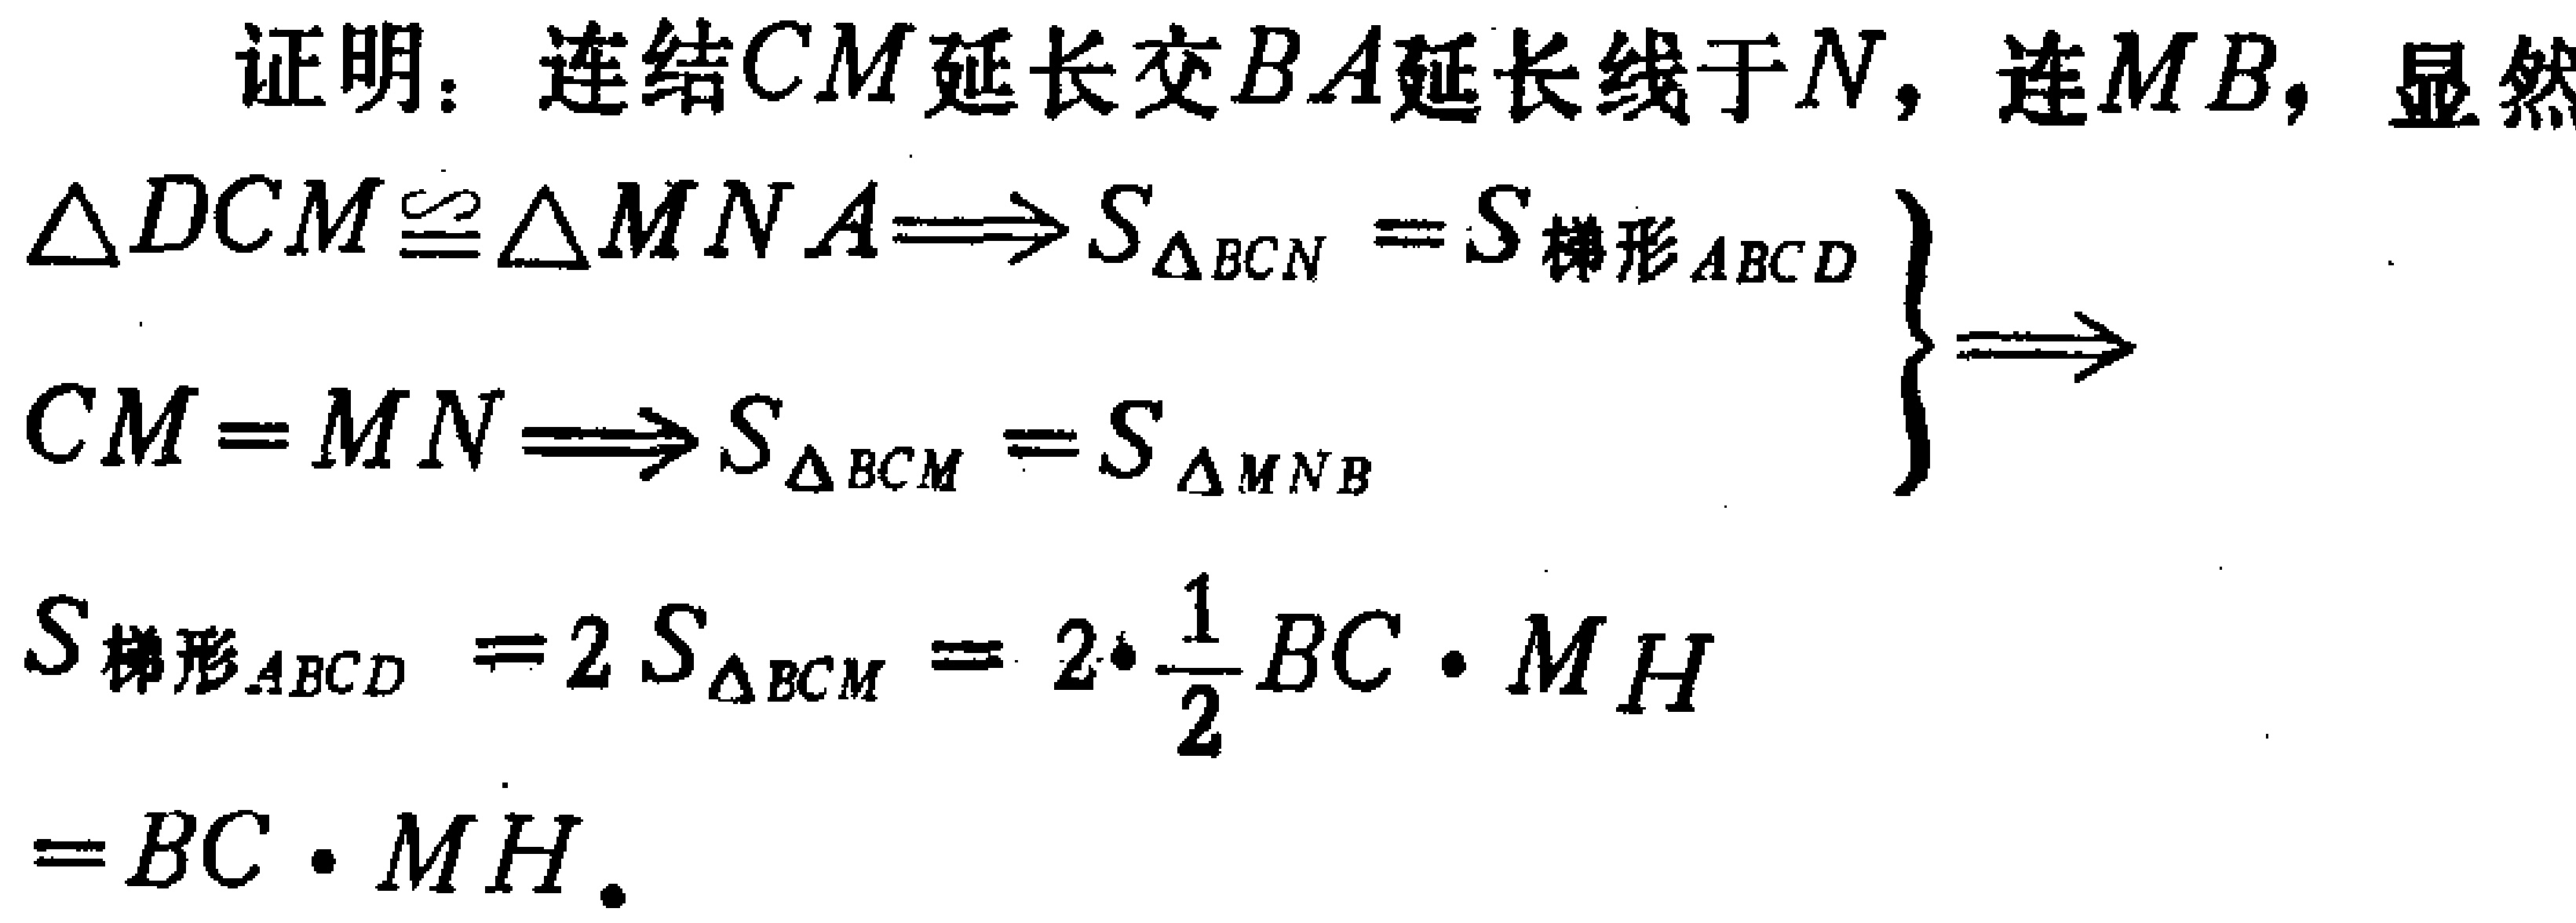
证明：连结$CM$延长交$BA$延长线于$N$，连$MB$，显然

\[

\begin{align*}

&\triangle DCM\cong\triangle MNA\Longrightarrow S_{\triangle BCN} = S_{梯形ABCD}\\

&CM = MN\Longrightarrow S_{\triangle BCM} = S_{\triangle MNB}\\

\end{align*}

\left.\begin{array}{l}

\\

\end{array}\right\}

\Longrightarrow

\]

\[

\begin{align*}

S_{梯形ABCD}&= 2S_{\triangle BCM}=2\cdot\frac{1}{2}BC\cdot MH\\

&=BC\cdot MH.

\end{align*}

\]